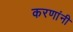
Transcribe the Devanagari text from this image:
करणांनी